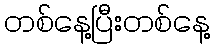
တစ်နေ့ပြီးတစ်နေ့